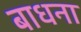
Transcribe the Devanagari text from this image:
बाधना